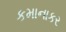
કમાનાકર